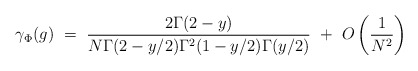
\begin{align*}\gamma_{\Phi}(g) ~=~ \frac{2\Gamma(2-y)}{N\Gamma(2-y/2) \Gamma^2(1-y/2) \Gamma(y/2)} ~+~ O\left(\frac{1}{N^2}\right) \end{align*}